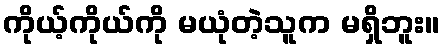
ကိုယ့်ကိုယ်ကို မယုံတဲ့သူက မရှိဘူး။